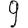
Digit: 9